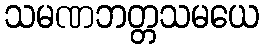
သမဏဘတ္တသမယေ